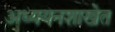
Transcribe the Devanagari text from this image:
अध्ययनशाखेत